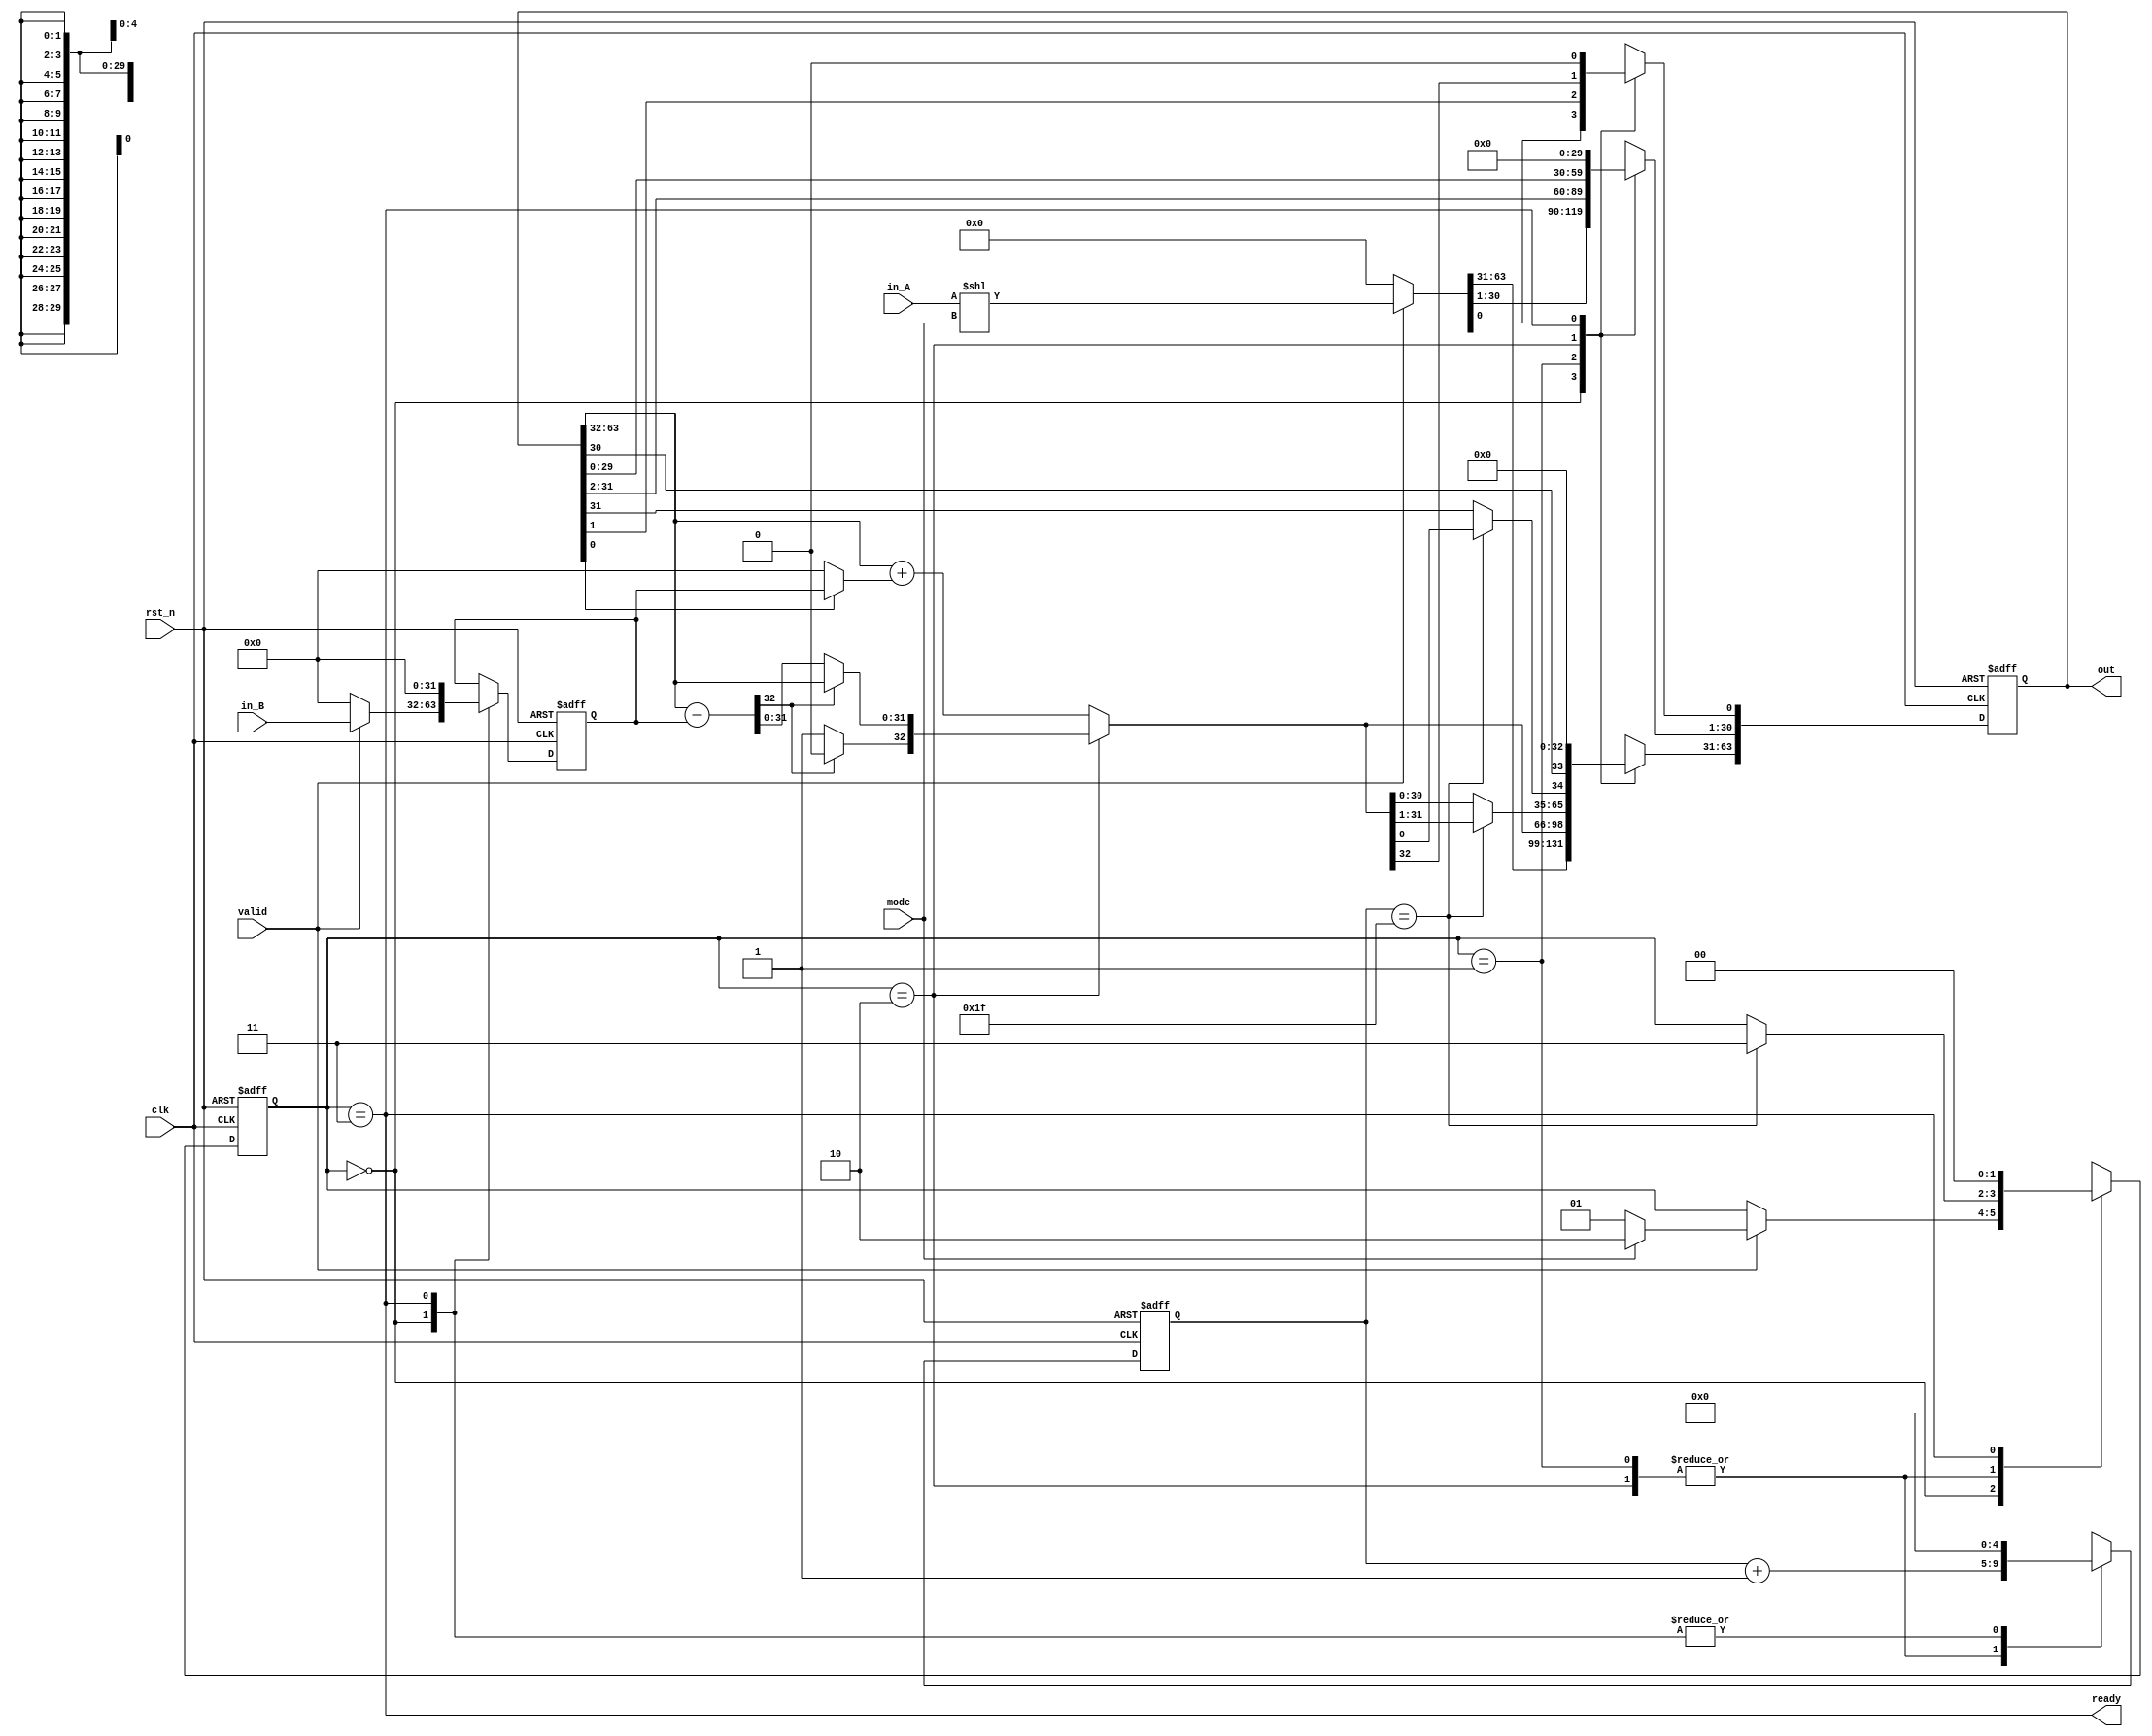
module multDiv(
   clk,
   rst_n,
   valid,
   ready,
   mode,
   in_A,
   in_B,
   out
);

// Definition of ports
input         clk, rst_n;
input         valid, mode; // mode: 0: multu, 1: divu
output        ready;
input  [31:0] in_A, in_B;
output [63:0] out;

// Definition of states
parameter IDLE = 2'b00;
parameter MULT = 2'b01;
parameter DIV  = 2'b10;
parameter OUT  = 2'b11;

// Todo: Wire and reg
reg  [ 1:0] state, state_nxt;
reg  [ 4:0] counter, counter_nxt;
reg  [63:0] shreg, shreg_nxt;
reg  [31:0] alu_in, alu_in_nxt;
reg  [32:0] alu_out;

// Todo 5: wire assignments
assign out = shreg;
assign ready = state == OUT;

// Combinational always block
// Todo 1: State machine
always @(*) begin
   case(state)
      IDLE: begin
         if (valid) begin
            if (mode) state_nxt = DIV;
            else      state_nxt = MULT;
         end
      else begin
         state_nxt = state;
      end
   end
   MULT: begin
      case(counter)
         31: state_nxt = OUT;
         default:   state_nxt = state;
      endcase
   end
   DIV : begin
      case (counter)
         31: state_nxt = OUT;
         default:   state_nxt = state;
      endcase
   end
   OUT : state_nxt = IDLE;
endcase
    end
    // Todo 2: Counter
    always @(*) begin
       case(state)
          IDLE: counter_nxt = 0;
          MULT: counter_nxt = counter + 1;
          DIV : counter_nxt = counter + 1;
          OUT : counter_nxt = 0;
       endcase
    end

    // ALU input
    always @(*) begin
       case(state)
          IDLE: begin
             if (valid) alu_in_nxt = in_B;
             else       alu_in_nxt = 0;
          end
       OUT : alu_in_nxt = 0;
       default: alu_in_nxt = alu_in;
    endcase
 end

 // Todo 3: ALU output
 always @(*) begin
    case(state)
       IDLE: alu_out = 0;
       MULT: begin
          alu_out = shreg[63:32] + (shreg[0] ? alu_in : 0);
       end
       DIV : begin
          alu_out = shreg[63:32] - alu_in;
          if (alu_out[32]) begin
             alu_out = shreg[63:32];
             alu_out[32] = 0;
          end
          else begin
             alu_out[32] = 1;
          end
       end
       OUT : alu_out = 0;
    endcase
 end

 // Todo 4: Shift register
 always @(*) begin
    case(state)
       IDLE: begin
          if (valid) shreg_nxt = in_A << mode; // need to shift 1 when div
          else       shreg_nxt = 0;
       end
    MULT: begin
       shreg_nxt[30:0]  = shreg[32:1];
       shreg_nxt[63:31] = alu_out; // shift without >> umm
    end
    DIV : begin
       shreg_nxt[0] = alu_out[32];
       if (counter == 31) begin
          shreg_nxt[63:32] = alu_out[31:0];
          shreg_nxt[31: 1] = shreg[30:0];
       end
       else begin
          shreg_nxt[63:33] = alu_out[30:0];
          shreg_nxt[32: 1] = shreg[31:0];
       end
    end
    OUT : shreg_nxt = 0;
 endcase
    end

    // Todo: Sequential always block
    always @(posedge clk or negedge rst_n) begin
       if (!rst_n) begin
          state <= IDLE;
          counter <= 0;
          shreg <= 0;
          alu_in <= 0;
       end
       else begin
          state <= state_nxt;
          counter <= counter_nxt;
          shreg <= shreg_nxt;
          alu_in <= alu_in_nxt;
       end
    end

    endmodule